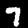
Digit: 7